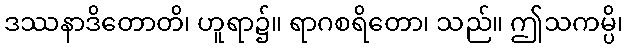
ဒဿနာဒိတောတိ၊ ဟူရာ၌။ ရာဂစရိတော၊ သည်။ ဤသကမ္ပိ၊